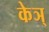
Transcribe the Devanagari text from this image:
केञ्